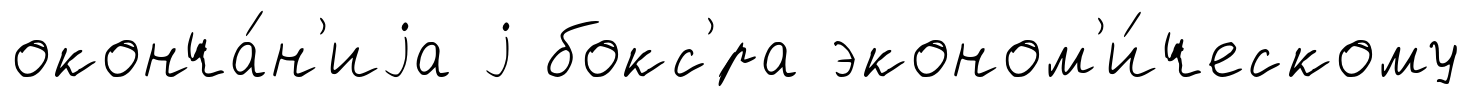
оконча́н'иjа j бокс'́ра эконом'и́ческому